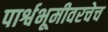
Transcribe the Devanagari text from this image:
पार्श्वभूमीवरचेच